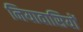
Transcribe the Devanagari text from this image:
नियावासियों